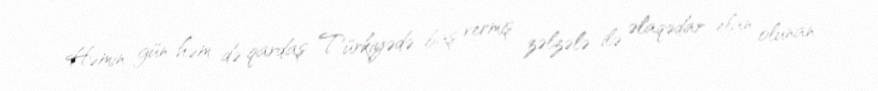
Həmin gün həm də qardaş Türkiyədə baş vermiş zəlzələ ilə əlaqədar elan olunan